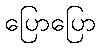
ပြောပြော